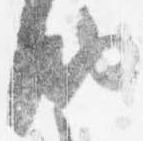
納